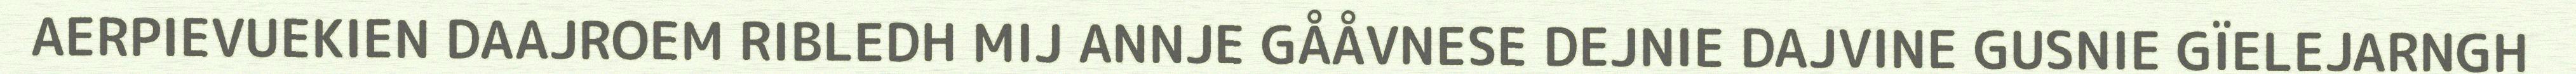
AERPIEVUEKIEN DAAJROEM RIBLEDH MIJ ANNJE GÅÅVNESE DEJNIE DAJVINE GUSNIE GÏELEJARNGH